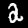
Digit: 2